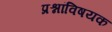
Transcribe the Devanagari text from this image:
प्रश्नांविषयक